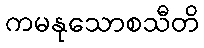
ကမနုသောစသီတိ